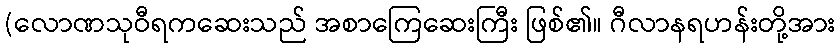
(လောဏသုဝီရကဆေးသည် အစာကြေဆေးကြီး ဖြစ်၏။ ဂီလာနရဟန်းတို့အား